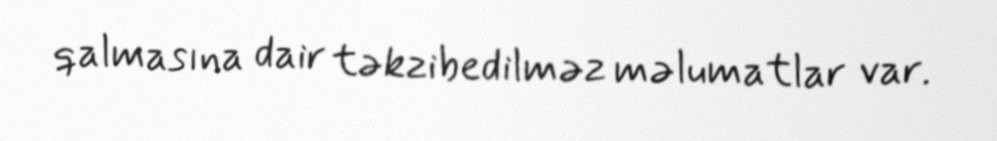
qalmasına dair təkzibedilməz məlumatlar var.